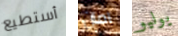
أستطيع آمان يوليو